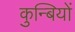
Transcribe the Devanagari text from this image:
कुन्बियों